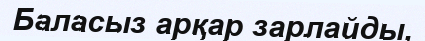
Баласыз арқар зарлайды,